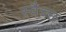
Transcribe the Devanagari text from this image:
स्वैच्छ